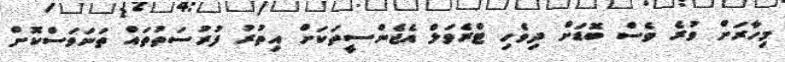
މިހާރަށް ވުރެ ވެސް ބޮޑަށް ދިވެހި ޓްރެވަލް އެޖެންސީތަކަށް އިތުރު ފުރުސަތުތައް ތަނަވަސްކޮށް